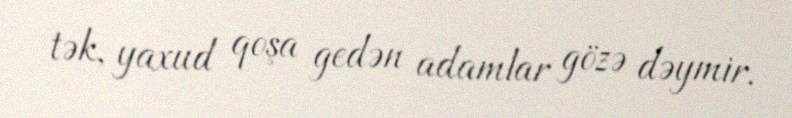
tək, yaxud qoşa gedən adamlar gözə dəymir.